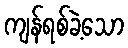
ကျန်ရစ်ခဲ့သော